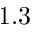
1 . 3